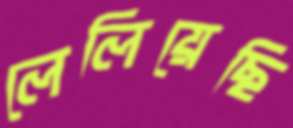
লেলিয়েছি